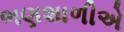
ભણશાળીએ